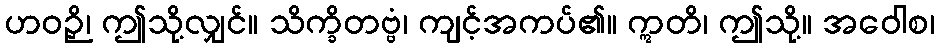
ဟဝဉှိ၊ ဤသို့လျှင်။ သိက္ခိတဗ္ဗံ၊ ကျင့်အကပ်၏။ ဣတိ၊ ဤသို့။ အဝေါစ၊